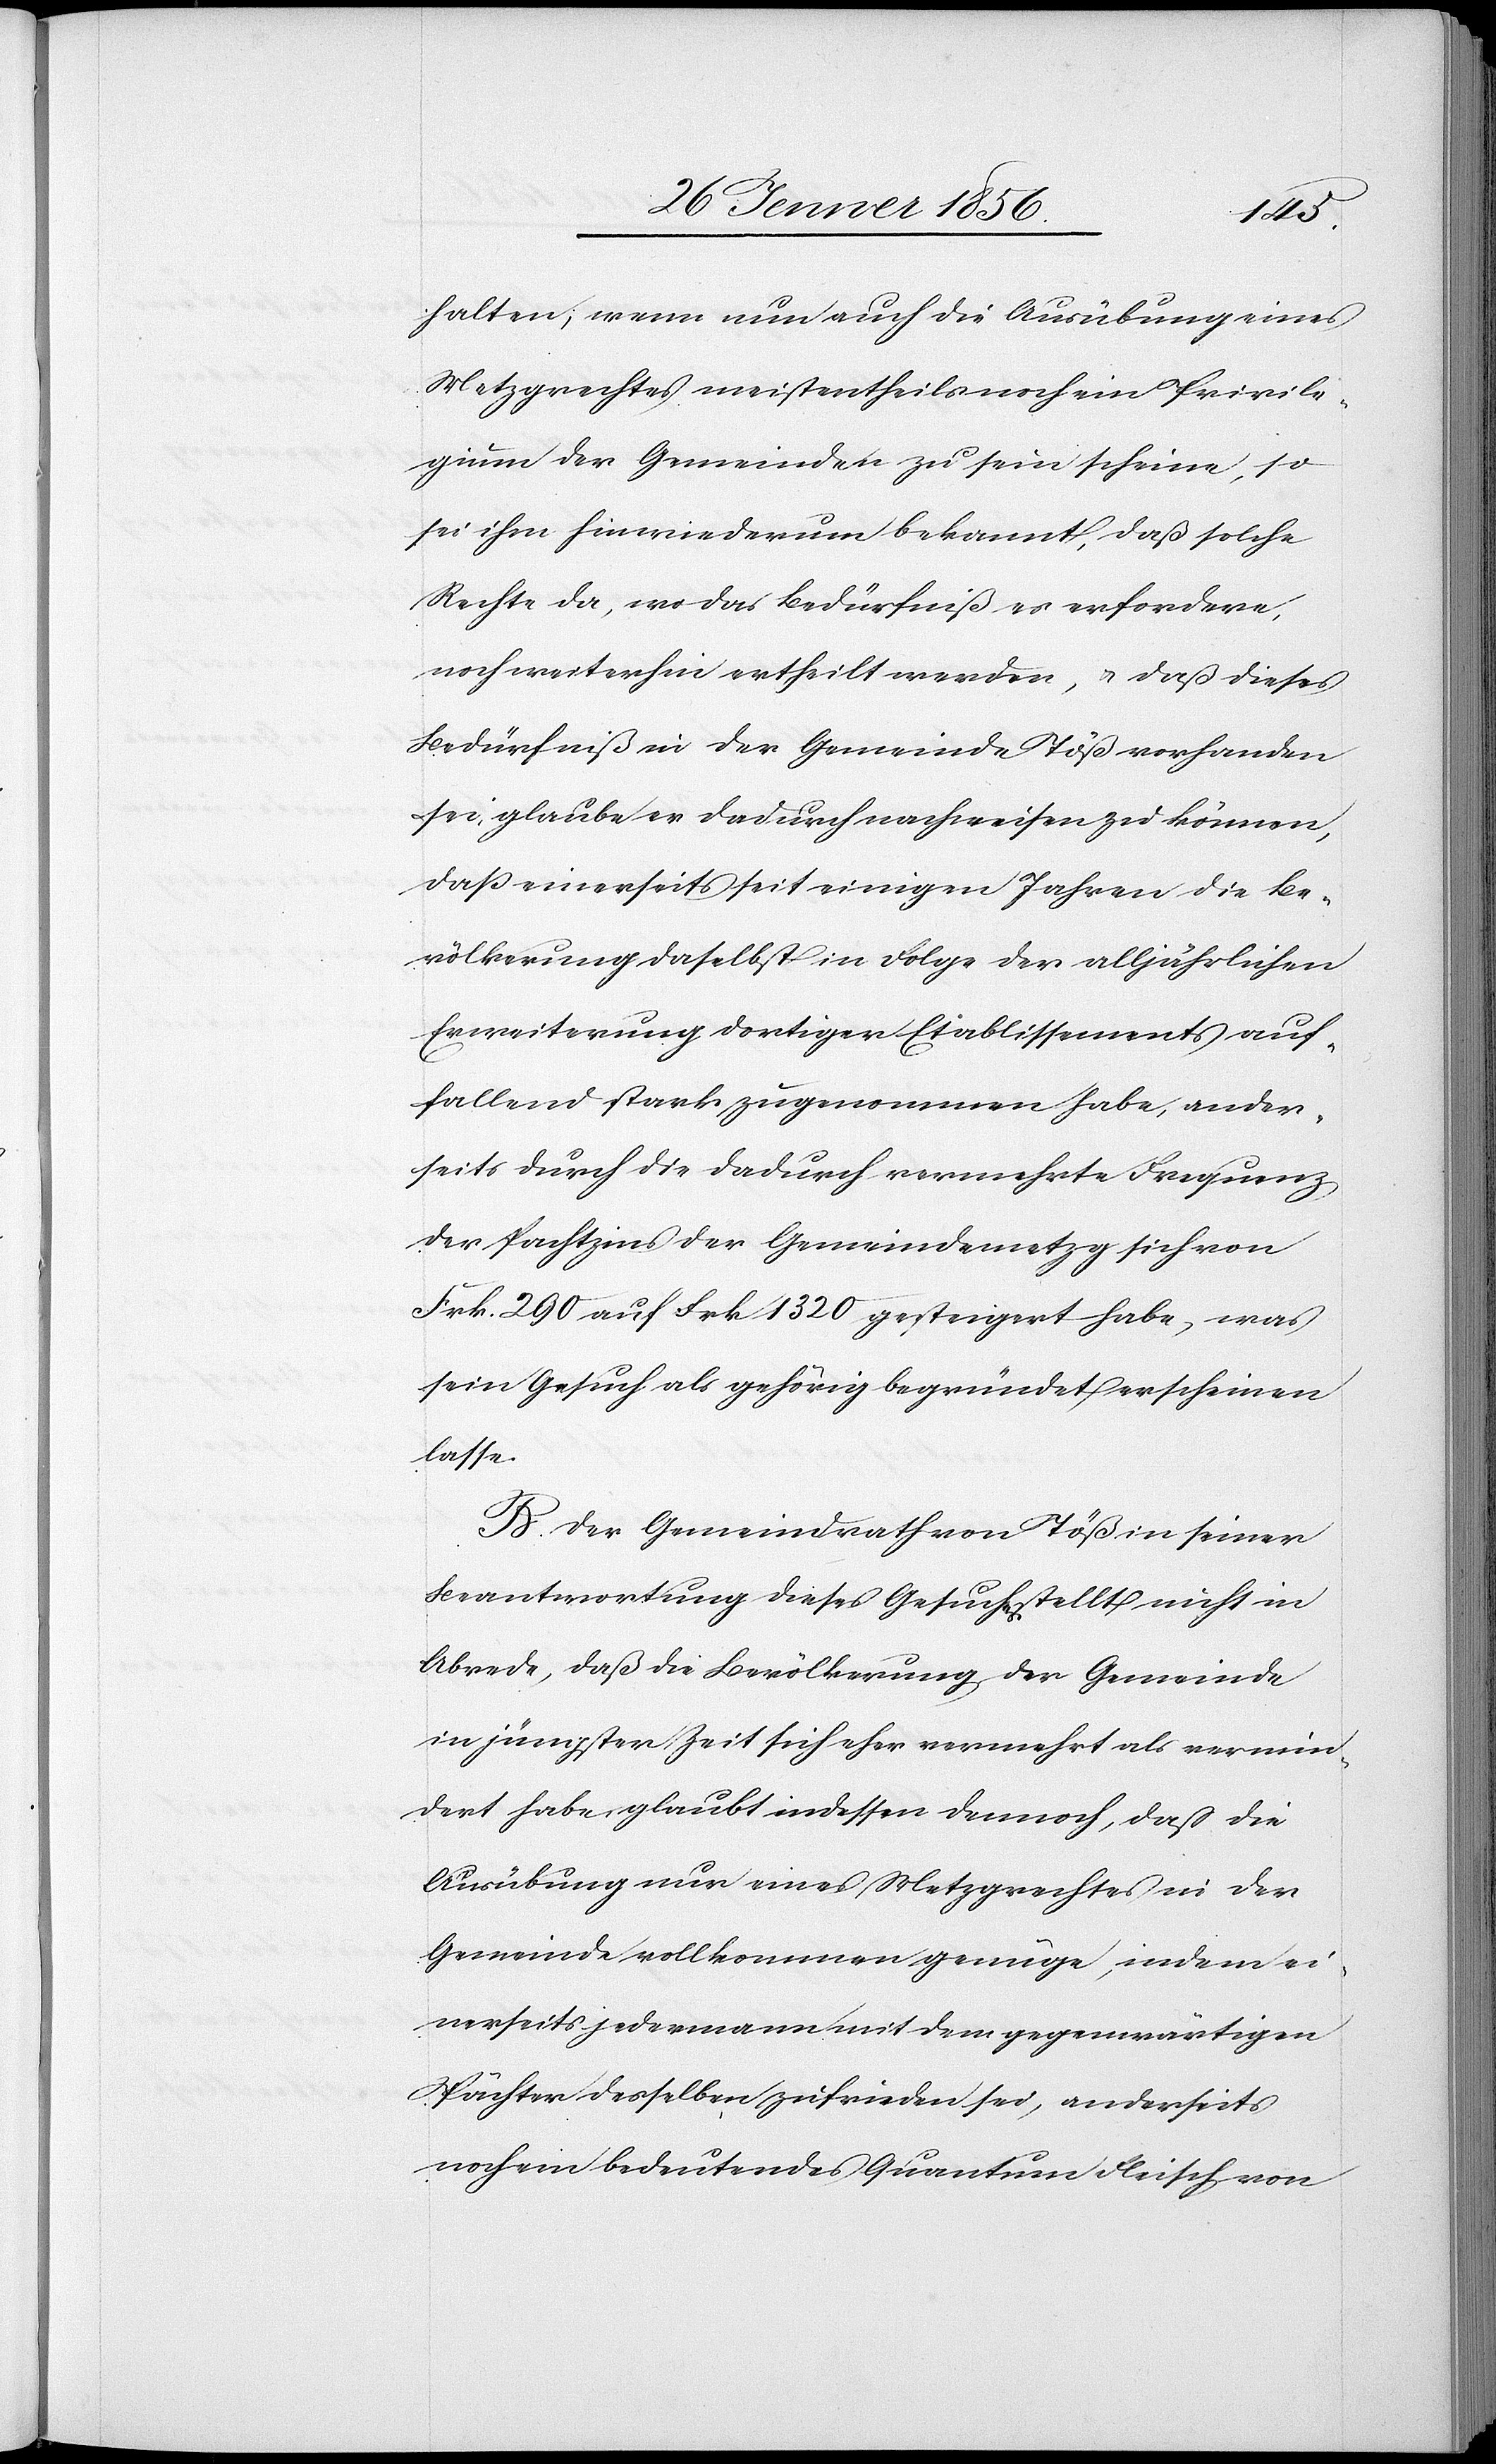
halten; wenn nun auch die Ausübung eines
Metzgrechtes meistentheils noch ein Privile¬
gium der Gemeinden zu sein scheine, so
sei ihm hinwiederum bekannt, daß solche
Rechte da, wo das Bedürfniß es erfordere,
noch weiterhin ertheilt werden, u. daß dieses
Bedürfniß in der Gemeinde Töß vorhanden
sei, glaube er dadurch nachweisen zu können,
das einerseits seit einigen Jahren die Be¬
völkerung daselbst in Folge der alljährlichen
Erweiterung dortiger Etablissements auf¬
fallend stark zugenommen habe, ander¬
seits durch die dadurch vermehrte Frequenz
der Pachtzins der Gemeindemetzg sich von
Frk. 290 auf Frk 1320 gesteigert habe, was
sein Gesuch als gehörig begründet erscheinen
lasse.
B. Der Gemeindrath von Töß in seiner
Beantwortung dieses Gesuches stellt nicht in
Abrede, daß die Bevölkerung der Gemeinde
in jüngster Zeit sich eher vermehrt als vermin¬
dert habe, glaubt indessen dennoch, daß die
Ausübung nur eines Metzgrechtes in der
Gemeinde vollkommen genüge, indem ei¬
nerseits jedermann mit dem gegenwärtigen
Pächter desselben zufrieden sei, anderseits
noch ein bedeutendes Quantum Fleisch von